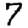
Digit: 7